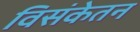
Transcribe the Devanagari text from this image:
विसंकेतन